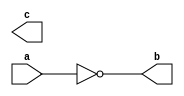

module null_port(input a, output b, output c);

assign b = ~a;

endmodule